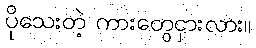
ပိုသေးတဲ့ ကားတွေငှားလား။